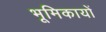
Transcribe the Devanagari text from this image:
भूमिकायों